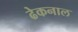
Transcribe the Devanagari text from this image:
ढेकनाल